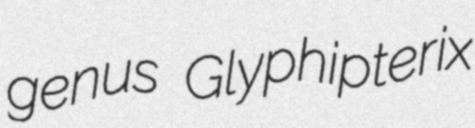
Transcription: genus Glyphipterix